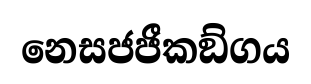
නෙසජජීකඞ්ගය